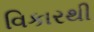
વિકારથી